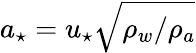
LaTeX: a_{\star}=u_{\star}\sqrt{\rho_{w}/\rho_{a}}